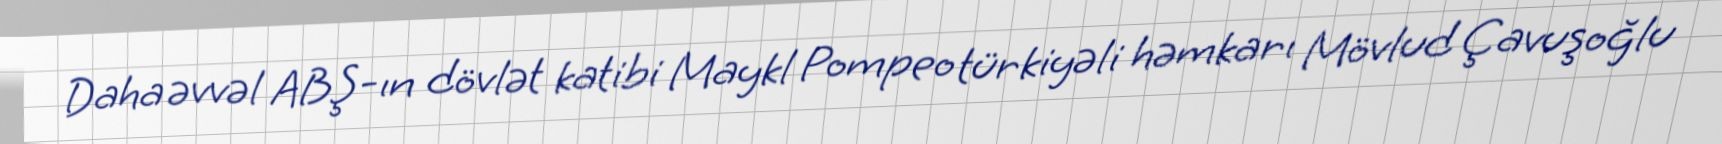
Daha əvvəl ABŞ-ın dövlət katibi Maykl Pompeo türkiyəli həmkarı Mövlud Çavuşoğlu